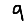
Digit: 9